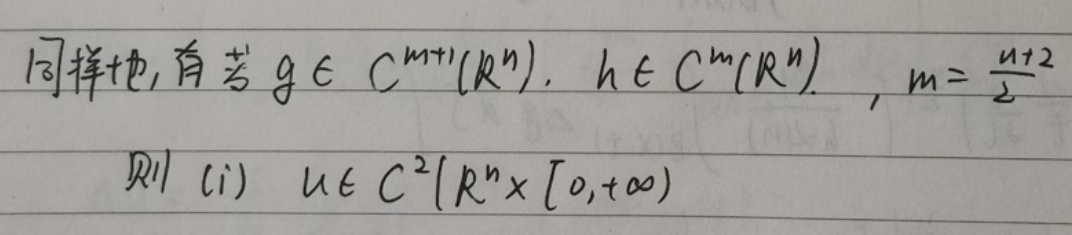
同样地, 有若 $g \in C^{m + 1}(\mathbb{R}^n), h \in C^{m}(\mathbb{R}^n), m=\frac{n + 2}{2}$

则 (i) $u \in C^{2}(\mathbb{R}^n\times[0,+\infty))$